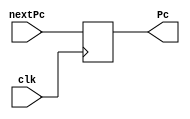
`timescale 1ns / 1ps
//////////////////////////////////////////////////////////////////////////////////
// Company: 
// Engineer: 
// 
// Design Name: 
// Module Name:    pc_register 
// Project Name: 
// Target Devices: 
// Tool versions: 
// Description: 
//
// Dependencies: 
//
// Revision: 
// Revision 0.01 - File Created
// Additional Comments: 
//
//////////////////////////////////////////////////////////////////////////////////
module pc_register(clk,nextPc,Pc);
	input clk;
	input [31:0] nextPc;
	output  [31:0] Pc;
	reg [31:0] pcReg;
	initial begin
		pcReg<=0;
	end

	always @(posedge clk)
	begin
	pcReg=nextPc;
	//$display("PC=%h",Pc);
	end	 
	assign Pc=pcReg;
endmodule